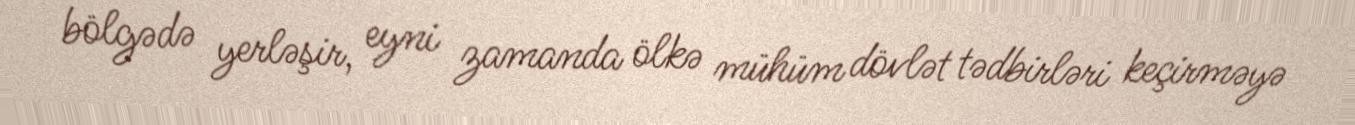
bölgədə yerləşir, eyni zamanda ölkə mühüm dövlət tədbirləri keçirməyə